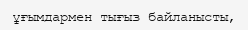
ұғымдармен тығыз байланысты,